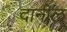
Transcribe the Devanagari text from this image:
दानील